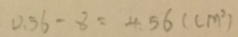
0 . 5 6 - 8 = 4 . 5 6 ( c m ^ { 3 } )